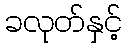
ခလုတ်နှင့်